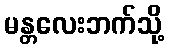
မန္တလေးဘက်သို့